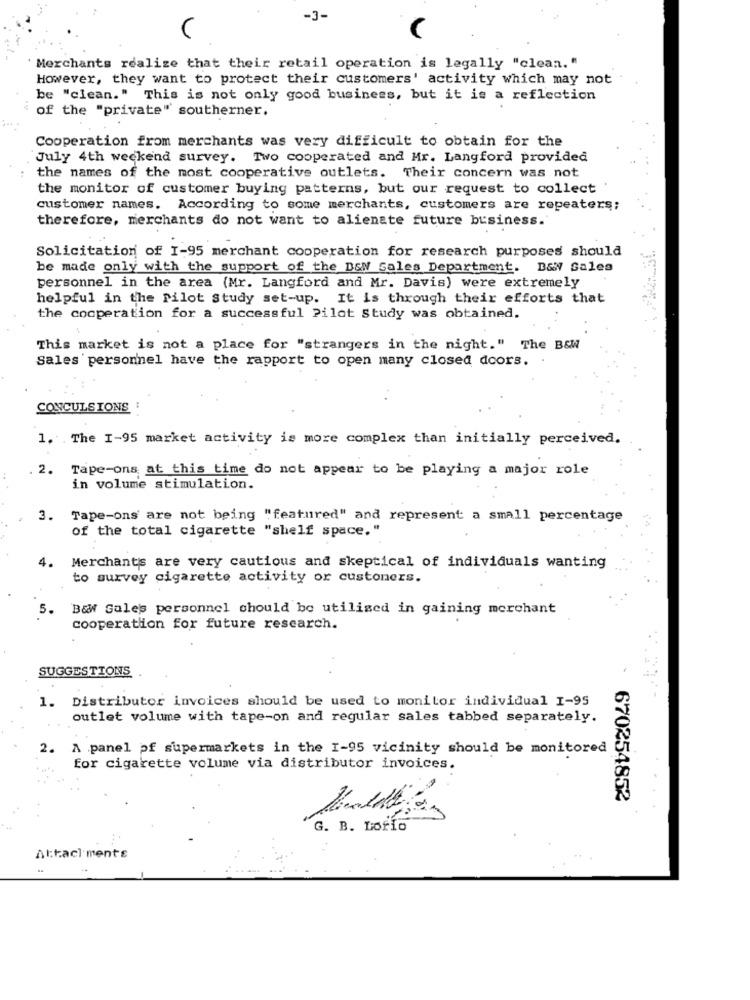
-3-
C
Merchants realize that their retail operation is legally "clean. "
However, they want to protect their customers' activity which may not
be "clean." This is not only good business, but it is a reflection
of the "private" southerner.
Cooperation from merchants was very difficult to obtain for the
July 4th weekend survey. Two cooperated and Mr. Langford provided
the names of the most cooperative outlets. Their concern was not
the monitor of customer buying patterns, but our request to collect
customer names. According to some merchants, customers are repeaters;
therefore, merchants do not want to alienate future business.
Solicitation of I-95 merchant cooperation for research purposes should
be made only with the support of the B&W Sales Department. B&W Sales
personnel in the area (Mr. Langford and Mr. Davis) were extremely
helpful in the Pilot Study set-up. It is through their efforts that
the cooperation for a successful Pilot Study was obtained.
This market is not a place for "strangers in the night." The B&W
Sales personnel have the rapport to open many closed doors.
CONCULS IONS
1. The I-95 market activity is more complex than initially perceived.
2.
Tape-ons at this time do not appear to be playing a major role
in volume stimulation.
3. Tape-ons' are not being "featured" and represent a small percentage
of the total cigarette "shelf space."
4.
Merchants are very cautious and skeptical of individuals wanting
to survey cigarette activity or customers.
5.
B& Sales personnel should be utilized in gaining merchant
cooperation for future research.
SUGGESTIONS
Distributor invoices should be used to monitor individual I-95
1.
outlet volume with tape-on and regular sales tabbed separately.
2.
A panel pf supermarkets in the I-95 vicinity should be monitored
for cigarette volume via distributor invoices.
670254852
G. B. Lorio
Altacl ments